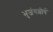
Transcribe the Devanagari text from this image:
भुजंगशीर्ष